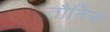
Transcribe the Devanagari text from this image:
तौनिस